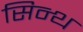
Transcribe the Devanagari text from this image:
सिन्थ